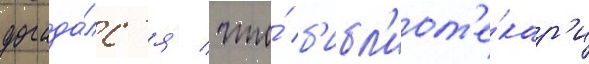
догада́лс'я / что́ б'ибл'иот'е́кар'и